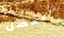
سيحصل